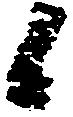
候